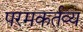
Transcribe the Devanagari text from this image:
परमकर्तव्य